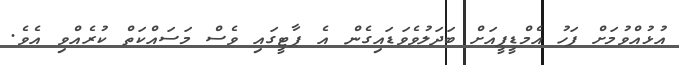
އުޅުއްވުމަށް ފަހު އެމްޑީޕީއަށް ބަދަލުވެވަޑައިގެން އެ ޕާޓީގައި ވެސް މަސައްކަތް ކުރެއްވި އެެވެ.